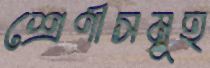
শ্রেণীসমূহ